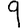
Digit: 9